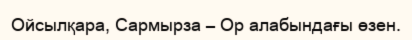
Ойсылқара, Сармырза – Ор алабындағы өзен.